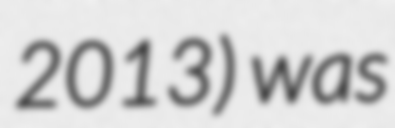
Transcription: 2013) was